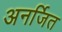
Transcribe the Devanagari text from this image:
अनर्जित